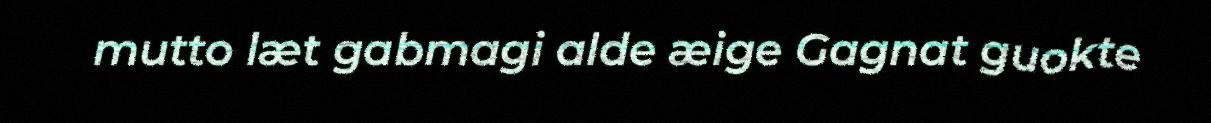
mutto læt gabmagi alde æige Gagnat guokte